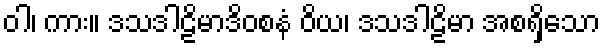
ဝါ၊ ကား။ ဒသဒါဠိမာဒိဝစနံ ဝိယ၊ ဒသဒါဠိမာ အစရှိသော